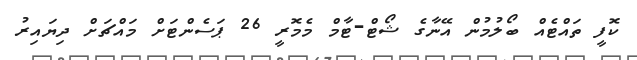
ކޮފީ ތައްޓެއް ބޯލުމުން އޭނާގެ ޝޯޓް-ޓާމް މެމޮރީ 26 ޕަސެންޓަށް މައްޗަށް ދިޔައިރު